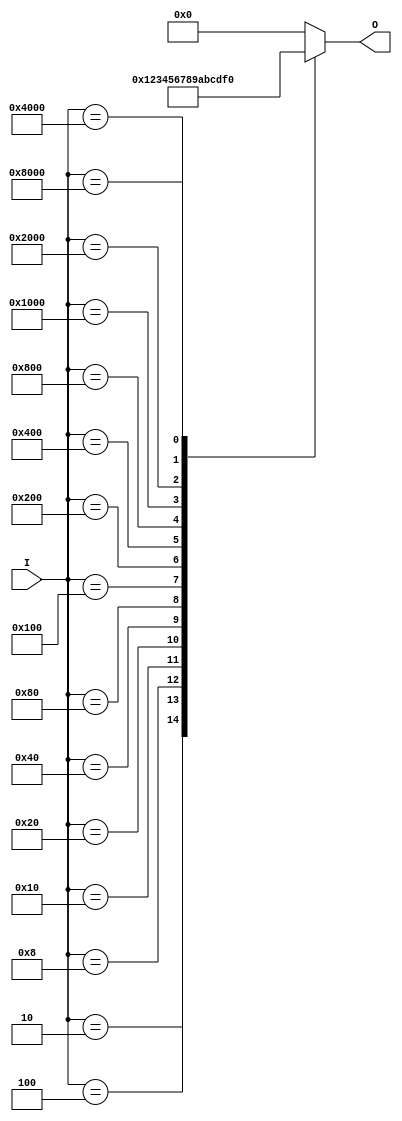
module hex_to_bin_encoder (
    input wire [15:0] I,  // 16 input lines for hexadecimal digits
    output reg [3:0] O    // 4 output lines for binary representation
);

    always @(*) begin
        case (I)
            16'b0000000000000001: O = 4'b0000; // I0 -> 0
            16'b0000000000000010: O = 4'b0001; // I1 -> 1
            16'b0000000000000100: O = 4'b0010; // I2 -> 2
            16'b0000000000001000: O = 4'b0011; // I3 -> 3
            16'b0000000000010000: O = 4'b0100; // I4 -> 4
            16'b0000000000100000: O = 4'b0101; // I5 -> 5
            16'b0000000001000000: O = 4'b0110; // I6 -> 6
            16'b0000000010000000: O = 4'b0111; // I7 -> 7
            16'b0000000100000000: O = 4'b1000; // I8 -> 8
            16'b0000001000000000: O = 4'b1001; // I9 -> 9
            16'b0000010000000000: O = 4'b1010; // I10 -> A
            16'b0000100000000000: O = 4'b1011; // I11 -> B
            16'b0001000000000000: O = 4'b1100; // I12 -> C
            16'b0010000000000000: O = 4'b1101; // I13 -> D
            16'b0100000000000000: O = 4'b1110; // I14 -> E
            16'b1000000000000000: O = 4'b1111; // I15 -> F
            default: O = 4'b0000; // Default case for invalid input
        endcase
    end

endmodule